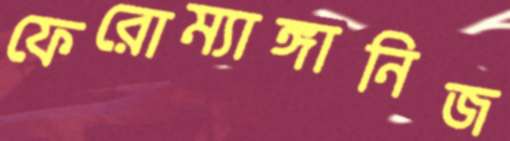
ফেরোম্যাঙ্গানিজ